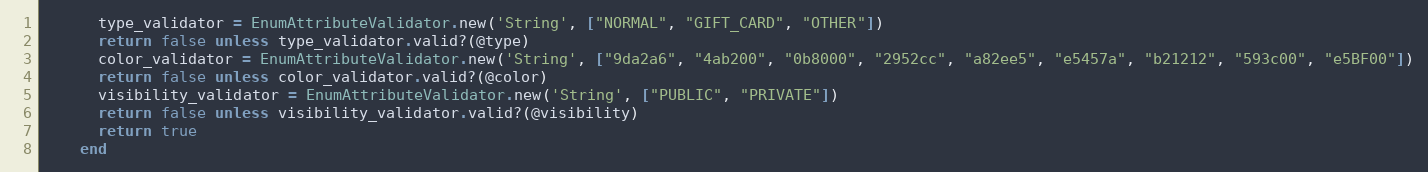
Language: Ruby
      type_validator = EnumAttributeValidator.new('String', ["NORMAL", "GIFT_CARD", "OTHER"])
      return false unless type_validator.valid?(@type)
      color_validator = EnumAttributeValidator.new('String', ["9da2a6", "4ab200", "0b8000", "2952cc", "a82ee5", "e5457a", "b21212", "593c00", "e5BF00"])
      return false unless color_validator.valid?(@color)
      visibility_validator = EnumAttributeValidator.new('String', ["PUBLIC", "PRIVATE"])
      return false unless visibility_validator.valid?(@visibility)
      return true
    end